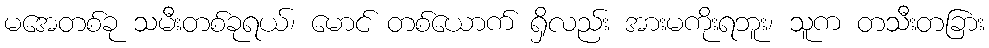
မအေတစ်ခု သမီးတစ်ခုရယ်၊ မောင် တစ်ယောက် ရှိလည်း အားမကိုးရဘူး၊ သူက တသီးတခြား